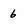
Character: 6